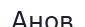
Анов